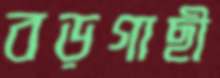
বড়গাছী